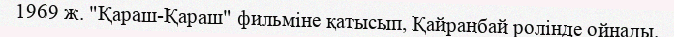
1969 ж. "Қараш-Қараш" фильміне қатысып, Қайранбай ролінде ойнады.